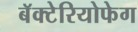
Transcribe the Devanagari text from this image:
बॅक्टेरियोफेग